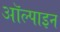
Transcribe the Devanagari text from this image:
ऑल्पाइन